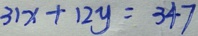
3 1 x + 1 2 y = 3 4 7